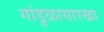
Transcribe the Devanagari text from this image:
गांडुळासारखा